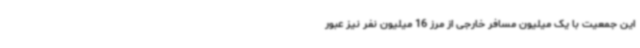
این جمعیت با یک میلیون مسافر خارجی از مرز 16 میلیون نفر نیز عبور